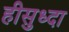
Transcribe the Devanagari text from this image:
हीसुध्दा